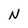
Character: N